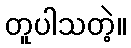
တူပါသတဲ့။